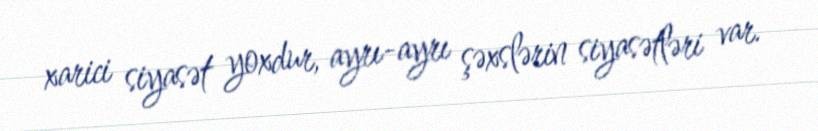
xarici siyasət yoxdur, ayrı-ayrı şəxslərin siyasətləri var.